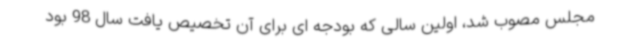
مجلس مصوب شد، اولین سالی که بودجه ای برای آن تخصیص یافت سال 98 بود